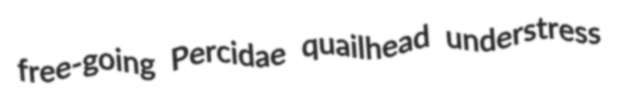
free-going Percidae quailhead understress